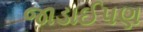
જાડાઈપણ